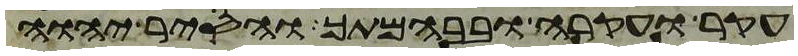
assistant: עקר ועקרה ובבהמתך והסיר יהוה